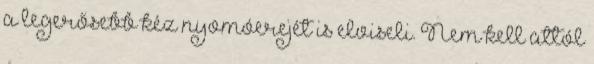
a legerősebb kéz nyomóerejét is elviseli. Nem kell attól